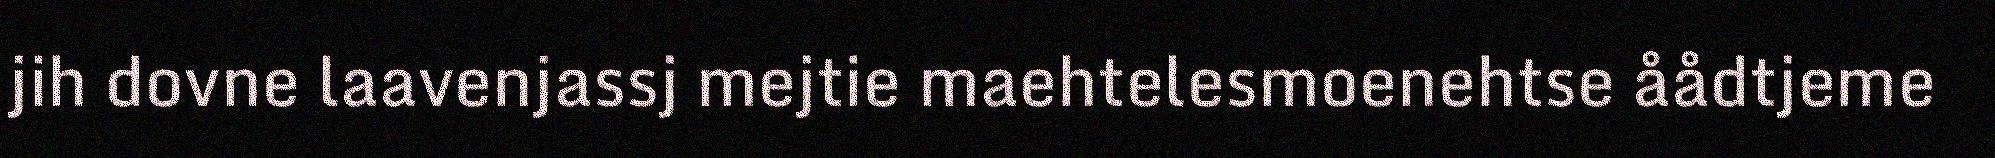
jih dovne laavenjassj mejtie maehtelesmoenehtse åådtjeme